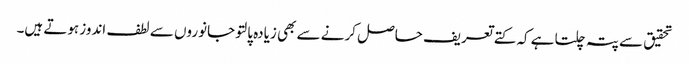
تحقیق سے پتہ چلتا ہے کہ کتے تعریف حاصل کرنے سے بھی زیادہ پالتو جانوروں سے لطف اندوز ہوتے ہیں۔